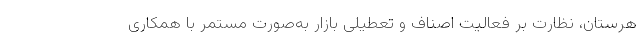
هرستان، نظارت بر فعالیت اصناف و تعطیلی بازار به‌صورت مستمر با همکاری